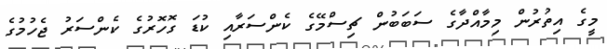
މީގެ އިތުރުން މިމާއްދާގެ ސަބަބުން ޗިސްމޭގެ ކެންސަރާއި ކުޑަ ގޮހޮރުގެ ކެންސަރު ޖެހުމުގެ